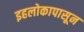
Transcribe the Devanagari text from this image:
इहलोकापासून